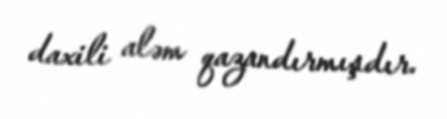
daxili aləm qazandırmışdır.